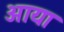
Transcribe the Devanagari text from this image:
अाया